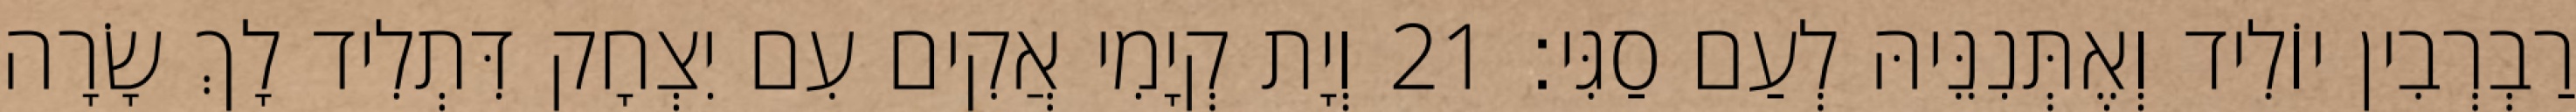
רַבְרְבִין יוֹלִיד וְאֶתְּנִנֵּיהּ לְעַם סַגִּי׃ 21 וְיָת קְיָמִי אֲקִים עִם יִצְחָק דִּתְלִיד לָךְ שָׂרָה